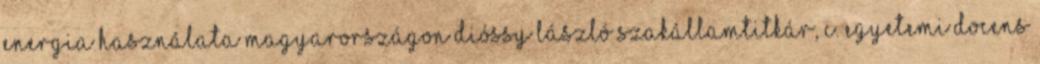
energia használata Magyarországon Dióssy László Szakállamtitkár, c. egyetemi docens